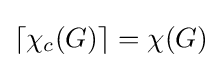
\lceil \chi _{c}(G)\rceil =\chi (G)